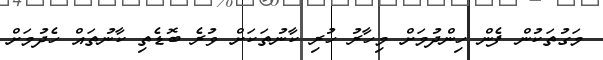
މަގުތަކުން ފެން ހިންދުމަށް މިހާރު ހުރި ކާނުތަކަށް ވުރެ ބޮޑެތި ކާނުތައް ހެދުމަށް